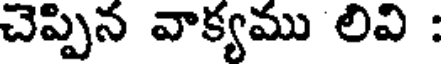
చెప్పిన వాక్యము లివి :